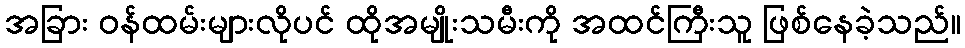
အခြား ဝန်ထမ်းများလိုပင် ထိုအမျိုးသမီးကို အထင်ကြီးသူ ဖြစ်နေခဲ့သည်။